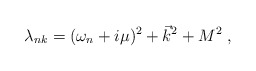
\begin{align*}\lambda_{nk}=(\omega_n + i\mu)^2+\vec k^2+M^2\;,\end{align*}